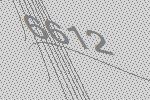
6612